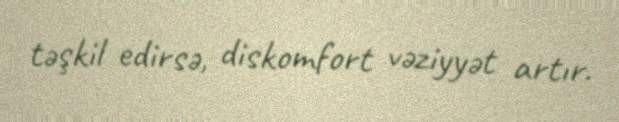
təşkil edirsə, diskomfort vəziyyət artır.